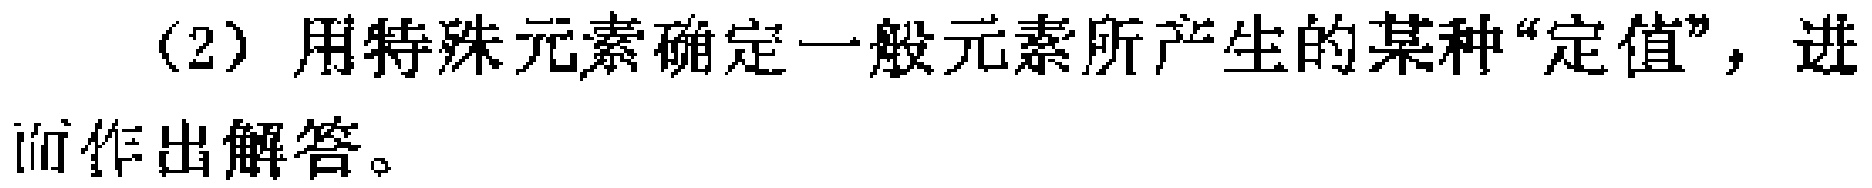
(2) 用特殊元素确定一般元素所产生的某种“定值”，进而作出解答。